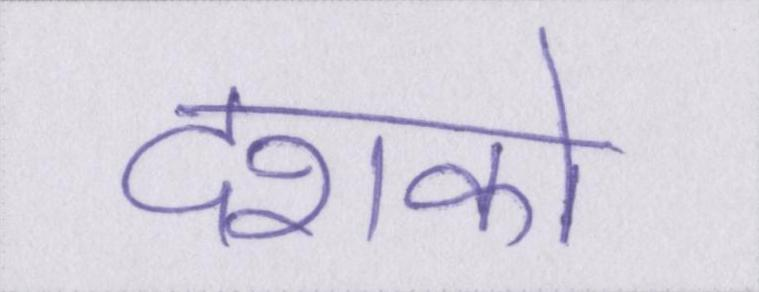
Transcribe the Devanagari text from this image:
दशको